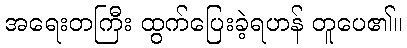
အရေးတကြီး ထွက်ပြေးခဲ့ရဟန် တူပေ၏။